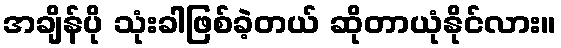
အချိန်ပို သုံးခါဖြစ်ခဲ့တယ် ဆိုတာယုံနိုင်လား။